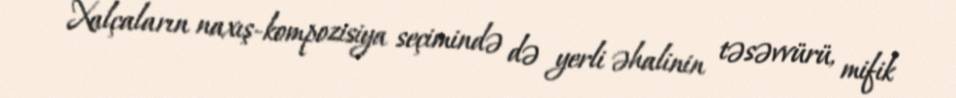
Xalçaların naxış-kompozisiya seçimində də yerli əhalinin təsəvvürü, mifik